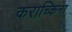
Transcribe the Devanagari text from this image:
कराच्किना